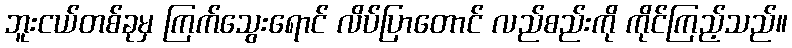
ဘူးငယ်တစ်ခုမှ ကြက်သွေးရောင် လိပ်ပြာတောင် လည်စည်းကို ကိုင်ကြည့်သည်။